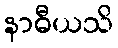
နာဓီယသိ